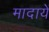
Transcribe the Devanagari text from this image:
मादायें